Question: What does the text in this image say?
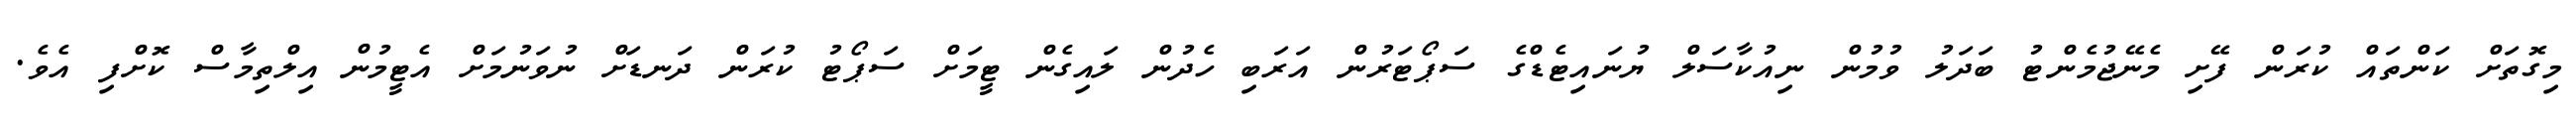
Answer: މިގޮތަށް ކަންތައް ކުރަން ފޭށި މެނޭޖުމެންޓު ބަދަލު ވުމުން ނިއުކާސަލް ޔުނައިޓެޑްގެ ސަޕޯޓަރުން އަރަބި ހެދުން ލައިގެން ޓީމަށް ސަޕޯޓު ކުރަން ދަނޑަށް ނުވަނުމަށް އެޓީމުން އިލްތިމާސް ކޮށްފި އެވެ.